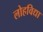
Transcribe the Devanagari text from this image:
लोहविद्या